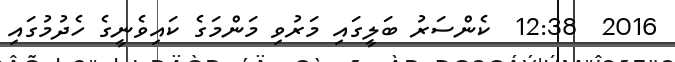
2016  12:38  ކެންސަރު ބަލީގައި މަރުވި މަންމަގެ ކައިވެނީގެ ހެދުމުގައި